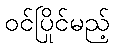
ဝင်ပြိုင်မည့်